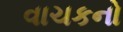
વાચકનો